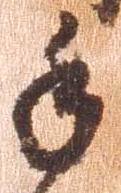
手